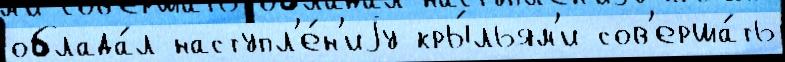
облада́л наступл'е́н'иjу кры́льям'и сов'ерша́ть